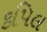
કપિલ